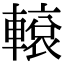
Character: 𨎊